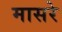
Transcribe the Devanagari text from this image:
मासरे